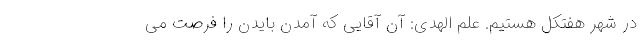
در شهر هفتکل هستیم. علم الهدی: آن آقایی که آمدنِ بایدن را فرصت می